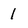
Character: 1